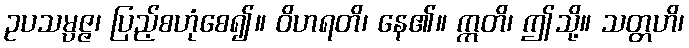
ဥပသမ္ပဇ္ဇ၊ ပြည့်စဟုံစေ၍။ ဝိဟရတိ၊ နေ၏။ ဣတိ၊ ဤသို့။ သတ္တဟိ၊